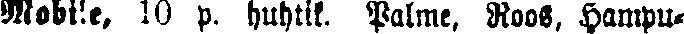
Mobile, 10 p, huhlik. Palme, Roos. Hamp-